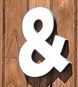
&